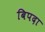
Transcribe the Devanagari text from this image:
बिपदा